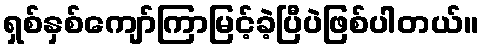
ရှစ်နှစ်ကျော်ကြာမြင့်ခဲ့ပြီပဲဖြစ်ပါတယ်။